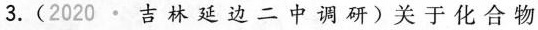
3.(2020·吉林延边二中调研)关于化合物